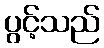
ပွင့်သည်